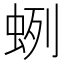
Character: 蛚